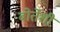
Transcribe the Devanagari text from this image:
बोर्तेशी